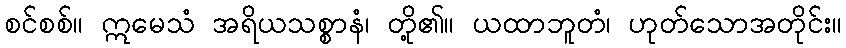
စင်စစ်။ ဣမေသံ အရိယသစ္စာနံ၊ တို့၏။ ယထာဘူတံ၊ ဟုတ်သောအတိုင်း။